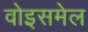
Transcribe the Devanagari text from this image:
वोइसमेल